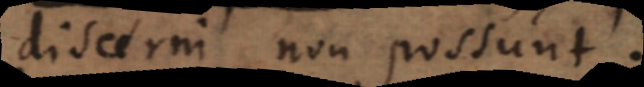
discerni non possunt.